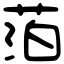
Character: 萡